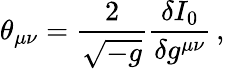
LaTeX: \theta_{\mu\nu}=\frac{2}{\sqrt{-g}}\frac{\delta I_{0}}{\delta g^{\mu\nu}}\, ,